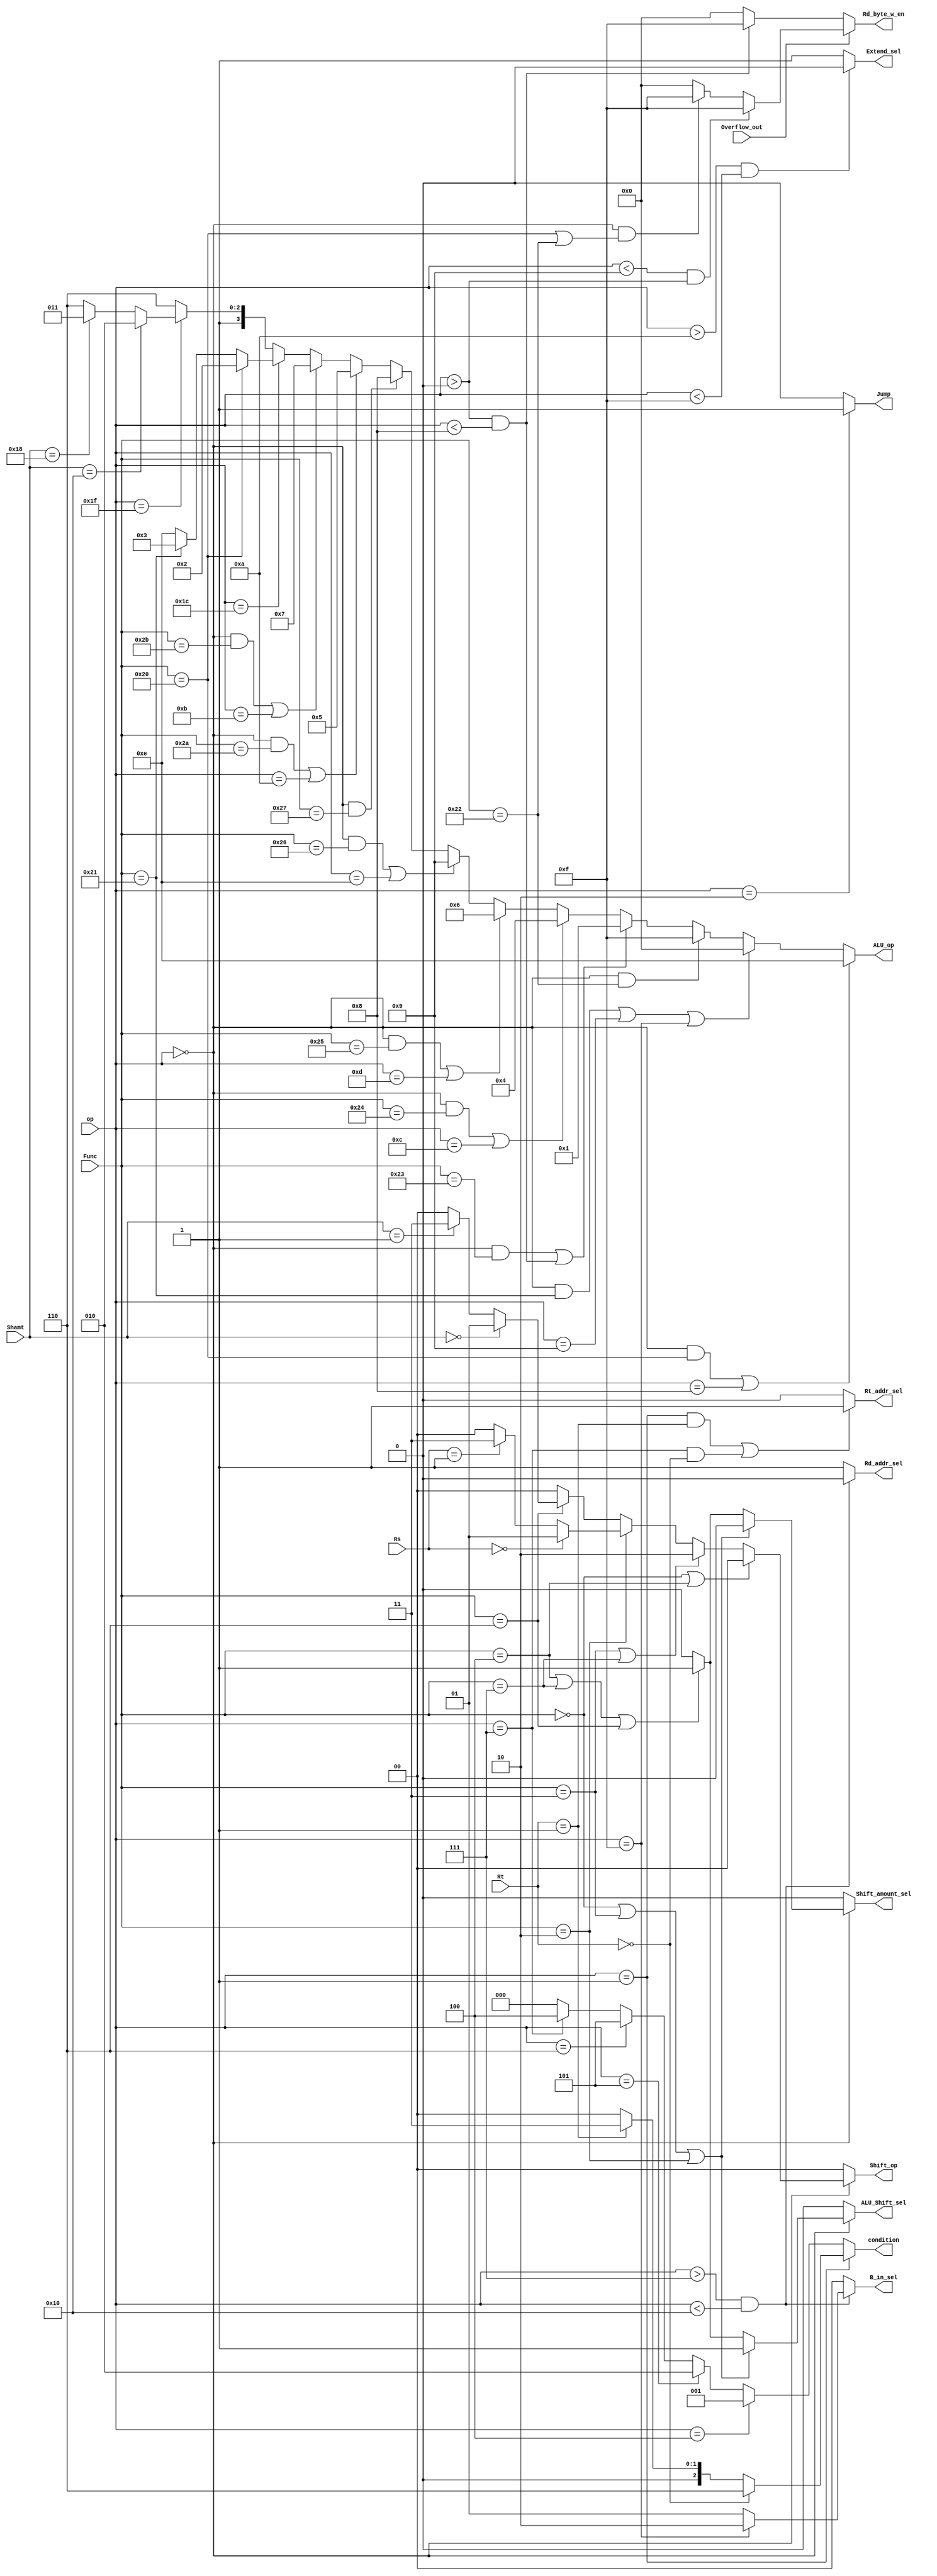
`timescale 1ns / 1ps
//////////////////////////////////////////////////////////////////////////////////
// Company: NJU_CS_COD_2013 
// Student: Yueqi Chen
// 
// Design Name: mono_cpu_mips
// Module Name: controller
// Project Name: mono_cpu_mips
// Target Devices:  xxx
// Tool Versions:  xxx
// Description: 
// controller in the mips-cpu to generate control signal
// according to the very instruction 
// 
// Dependencies:  none
// 
// Revision:
// Revision 0.01 - File Created
// Additional Comments:
// 
//////////////////////////////////////////////////////////////////////////////////

//to be read easily, use .define

module controller
(
	input [5:0] op,
	input [4:0] Rs,Rt,
	input [4:0] Shamt,
	input [5:0] Func,
	input Overflow_out,
	output reg Jump, Extend_sel, Shift_amount_sel, Rd_addr_sel,
	output reg ALU_Shift_sel, Rt_addr_sel,
	output reg [1:0] Shift_op, B_in_sel, 
	output reg [3:0] ALU_op , Rd_byte_w_en,
	output reg [2:0] condition
);

	always@(*)//to avoid latch , assign completely
	begin
		Shift_amount_sel <= 1'b0;
		Shift_op <= 2'b00;
		ALU_op <= 4'b1110; 
		condition <= 3'b000;
		if(Overflow_out == 0)begin//Rd_byte_w_en in overflow_out = 0
			if((op < 5'h8) && (op > 5'h0))
				Rd_byte_w_en <= 4'b1111;
			else
				Rd_byte_w_en <= 4'b0000;
		end
		else begin//Rd_byte_w_en in overflow_out = 1
			if((op < 5'h9) && (op > 5'h0))
				Rd_byte_w_en <= 4'b1111;
			else if((op == 0) && ((Func == 6'h20) || (Func == 6'h22)))
				Rd_byte_w_en <= 4'b1111;
			else
				Rd_byte_w_en <= 4'b0000;
		end

		if((op > 5'h7) && (op < 5'h10))//B_in_sel , Rd_addr_sel
		begin
			if(op == 5'hf)
				B_in_sel <= 2'b10;
			else
				B_in_sel <= 2'b01;
			Rd_addr_sel <= 0;
		end
		else 
		begin
			B_in_sel <= 2'b00;
			Rd_addr_sel <= 1;
		end

		if((op > 5'ha) && (op < 5'hf))//Extend_sel
			Extend_sel <= 0;
		else
			Extend_sel <= 1;

		if(op == 0)// ALU_Shift_sel , Shift_amount_sel
		begin
			if((Func == 0) || (Func == 6'h3) || (Func == 6'h2)) 
			begin
				ALU_Shift_sel <= 1'b1;
				Shift_amount_sel <= 1'b0;
			end
			else if((Func == 6'h4) || (Func == 6'h7) || (Func == 6'h6))
			begin
				ALU_Shift_sel <= 1;
				Shift_amount_sel <= 1;
			end
			else
				ALU_Shift_sel <= 0;
		end
		else
			ALU_Shift_sel <= 0;

		if(op == 1)//condition
		begin
			if(Rt == 0)
				condition <= 3'b110;//bltz
			else if(Rt == 1)
				condition <= 3'b011;//bgez
		end
		else if(op == 4)//beq
			condition <= 3'b001;
		else if(op == 5)//bne
			condition <= 3'b010;
		else if(op == 6)//blez
			condition <= 3'b101;
		else if(op == 7)//bgtz
			condition <= 3'b100;
		else
			condition <= 3'b000;

		if(op == 0)//Shift_op
		begin
			if((Func == 0) || (Func == 6'h4))//sll,sllv
				Shift_op <= 2'b00;
			else if((Func == 6'h3) || (Func == 6'h7))//sra,srav
				Shift_op <= 2'b10;
			else if(Func == 6'h2)
			begin
				if(Rs == 0)
					Shift_op <= 2'b01;//srl,srlv
				else if(Rs == 1)
					Shift_op <= 2'b11;//rotr,rotrv
			end
			else if(Func == 6'h6)
			begin
				if(Shamt == 0)
					Shift_op <= 2'b01;//srl,srlv
				else if(Shamt == 1)
					Shift_op <= 2'b11;//rotr,rotrv
			end
		end

		if(op == 6'h2)//Jump
			Jump <= 1;
		else
			Jump <= 0;

		if(((op == 6'h1) && (Rt == 1)) || ((op == 6'h7) && (Rt == 0)))//Rt_addr_sel
			Rt_addr_sel <= 1;
		else
			Rt_addr_sel <= 0;

		if(((op == 0) && (Func == 6'h20)) || op == 6'h8)//add addi
			ALU_op <= 4'b1110; 
		else if(((op == 0) && (Func == 6'h21)) || op == 6'h9 || op == 6'hf)//addu addiu lui
			ALU_op <= 4'b0000;
		else if((op == 0) && (Func == 6'h22))//sub
			ALU_op <= 4'b1111;
		else if(((op == 0) && (Func == 6'h23)) || ((op > 0) && (op < 8)))//subu , bltz , bgez , beq , bne , blez , bgtz
			ALU_op <= 4'b0001;
		else if(((op == 0) && (Func == 6'h24)) || op == 6'hc)//and , andi
			ALU_op <= 4'b0100;
		else if(((op == 0) && (Func == 6'h25)) || op == 6'hd)//or , ori
			ALU_op <= 4'b0110;
		else if(((op == 0) && (Func == 6'h26)) || op == 6'he)//xor , xori
			ALU_op <= 4'b1001;
		else if((op == 0) && (Func == 6'h27))//nor
			ALU_op <= 4'b1000;
		else if(((op == 0) && (Func == 6'h2a)) || op == 6'ha)//stl stli
			ALU_op <= 4'b0101;
		else if(((op == 0) && (Func == 6'h2b)) || op == 6'hb)//stlu stliu
			ALU_op <= 4'b0111;
		else if(op == 6'h1c)
		begin
			if(Func == 6'h20)
				ALU_op <= 4'b0010;
			else if(Func == 6'h21)
				ALU_op <= 4'b0011;
		end
		else if(op == 6'h1f)
		begin
			if(Shamt == 5'h10)
				ALU_op <= 4'b1010;
			else if(Shamt == 5'h18)
				ALU_op <= 4'b1011;
		end
	end
endmodule